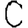
Digit: 0